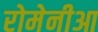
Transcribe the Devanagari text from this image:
रोमेनीआ